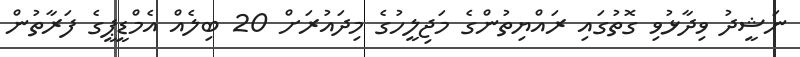
ނަޝީދު ވިދާޅުވި ގޮތުގައި ރައްޔިތުންގެ މަޖިލީހުގެ މިދައުރަށް 20 ބިލެއް އެމްޑީޕީގެ ފަރާތުން